Indian journal of veterinary science and animal husbandry - Volume 2,
Year: 1932
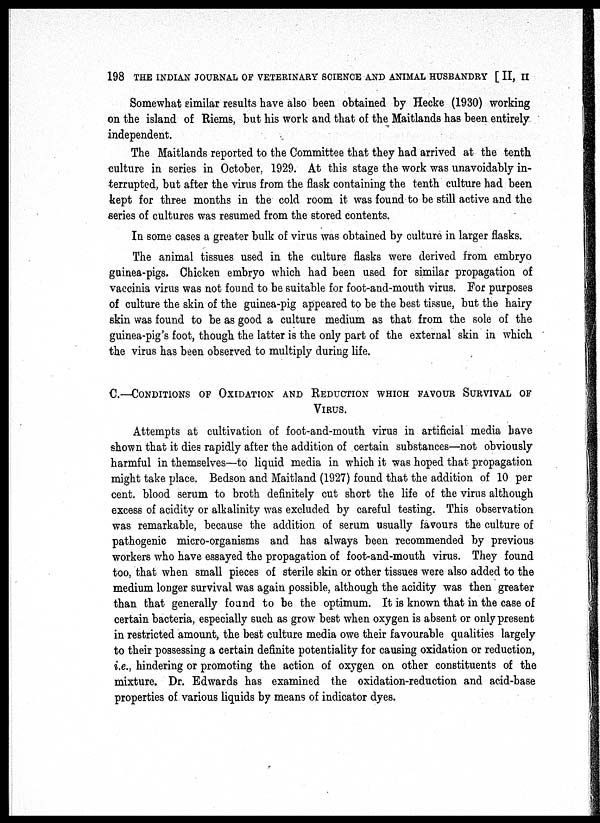
198 THE INDIAN JOURNAL OF VETERINARY SCIENCE AND ANIMAL HUSBANDRY [ II, II
Somewhat similar results have also been obtained by Hecke (1930) working
on the island of Riems, but his work and that of the Maitlands has been entirely
independent.
The Maitlands reported to the Committee that they had arrived at the tenth
culture in series in October. 1929. At this stage the work was unavoidably in-
terrupted, but after the virus from the flask containing the tenth culture had been
kept for three months in the cold room it was found to be still active and the
series of cultures was resumed from the stored contents.
In some cases a greater bulk of virus was obtained by culture in larger flasks.
The animal tissues used in the culture flasks were derived from embryo
guinea-pigs. Chicken embryo which had been used for similar propagation of
vaccinia virus was not found to be suitable for foot-and-mouth virus. For purposes
of culture the skin of the guinea-pig appeared to be the best tissue, but the hairy
skin was found to be as good a culture medium as that from the sole of the
guinea-pig's foot, though the latter is the only part of the external skin in which
the virus has been observed to multiply during life.
C—CONODITIONS OF OXIDATION AND REDUCTION WHICH FAVOUR SURVIVAL OF
VIRUS.
Attempts at cultivation of foot-and-mouth virus in artificial media have
shown that it dies rapidly after the addition of certain substances—not obviously
harmful in themselves—to liquid media in which it was hoped that propagation
might take place. Bedson and Maitland (1927) found that the addition of 10 per
cent. blood serum to broth definitely cut short the life of the virus although
excess of acidity or alkalinity was excluded by careful testing. This observation
was remarkable, because the addition of serum usually favours the culture of
pathogenic micro-organisms and has always been recommended by previous
workers who have essayed the propagation of foot-and-mouth virus. They found
too, that when small pieces of sterile skin or other tissues were also added to the
medium longer survival was again possible, although the acidity was then greater
than that generally found to be the optimum. It is known that in the case of
certain bacteria, especially such as grow best when oxygen is absent or only present
in restricted amount, the best culture media owe their favourable qualities largely
to their possessing a certain definite potentiality for causing oxidation or reduction,
i.e., hindering or promoting the action of oxygen on other constituents of the
mixture. Dr. Edwards has examined the oxidation-reduction and acid-base
properties of various liquids by means of indicator dyes.